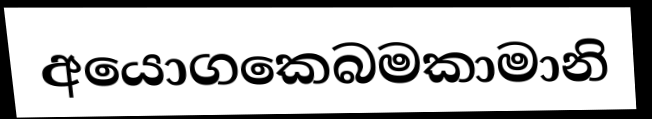
අයොගකෙබමකාමානි